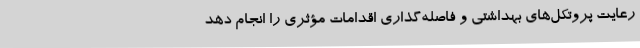
رعایت پروتکل‌های بهداشتی و فاصله‌گذاری اقدامات مؤثری را انجام دهد